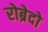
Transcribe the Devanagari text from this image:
रोब्रेदो